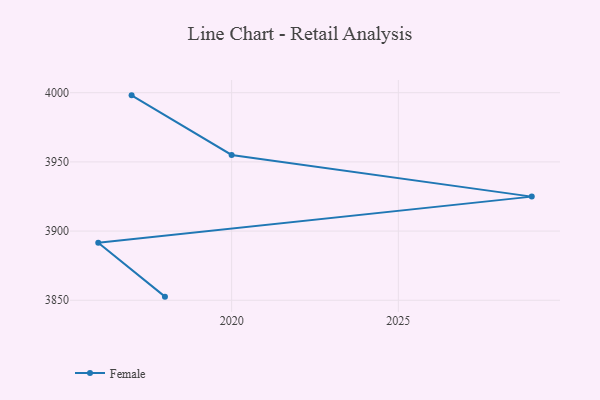
{"axis": {"x": "Year", "y": "Shipments"}, "legend": ["Female"], "data": [{"x": "2018", "y": 3852.6, "type": "Female"}, {"x": "2016", "y": 3891.6, "type": "Female"}, {"x": "2029", "y": 3924.9, "type": "Female"}, {"x": "2020", "y": 3955.0, "type": "Female"}, {"x": "2017", "y": 3998.1, "type": "Female"}]}